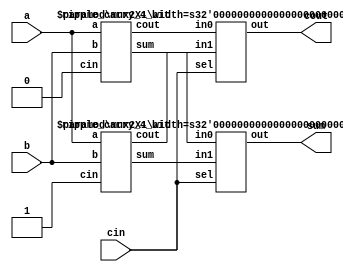
module carry_select_adder_4bit_slice(a, b, cin, sum, cout);
input [3:0] a,b;
input cin;
output [3:0] sum;
output cout;
 
wire [3:0] s0,s1;
wire c0,c1;
 
ripple_carry_4_bit rca1(
.a(a[3:0]),
.b(b[3:0]),
.cin(1'b0),
.sum(s0[3:0]),
.cout(c0));
 
ripple_carry_4_bit rca2(
.a(a[3:0]),
.b(b[3:0]),
.cin(1'b1),
.sum(s1[3:0]),
.cout(c1));
 
mux2X1 #(4) ms0(
.in0(s0[3:0]),
.in1(s1[3:0]),
.sel(cin),
.out(sum[3:0]));
 
mux2X1 #(1) mc0(
.in0(c0),
.in1(c1),
.sel(cin),
.out(cout));
endmodule
 
 
module mux2X1( in0,in1,sel,out);
parameter width=16; 
input [width-1:0] in0,in1;
input sel;
output [width-1:0] out;
assign out=(sel)?in1:in0;
endmodule
 

module ripple_carry_4_bit(a, b, cin, sum, cout);
input [3:0] a,b;
input cin;
output [3:0] sum;
output cout;
 
wire c1,c2,c3;
 
full_adder fa0(
.a(a[0]),
.b(b[0]),
.cin(cin),
.sum(sum[0]),
.cout(c1));
 
full_adder fa1(
.a(a[1]),
.b(b[1]),
.cin(c1),
.sum(sum[1]),
.cout(c2));
 
full_adder fa2(
.a(a[2]),
.b(b[2]),
.cin(c2),
.sum(sum[2]),
.cout(c3));
 
full_adder fa3(
.a(a[3]),
.b(b[3]),
.cin(c3),
.sum(sum[3]),
.cout(cout));
endmodule

 
module full_adder(a,b,cin,sum, cout);
input a,b,cin;
output sum, cout;
 
wire x,y,z;
 
half_adder h1(.a(a), .b(b), .sum(x), .cout(y));
half_adder h2(.a(x), .b(cin), .sum(sum), .cout(z));
or or_1(cout,z,y);
endmodule

 
module half_adder( a,b, sum, cout );
input a,b;
output sum, cout;
xor xor_1 (sum,a,b);
and and_1 (cout,a,b);
endmodule